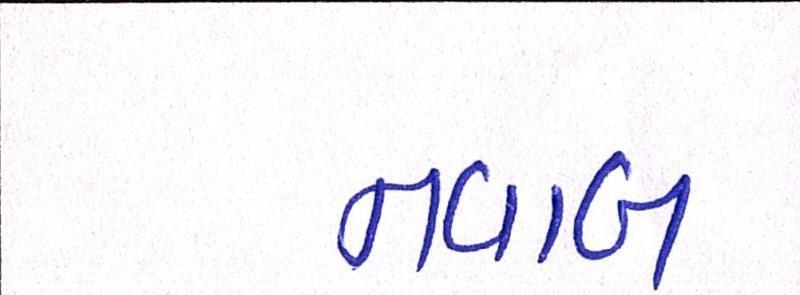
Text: નવાબ